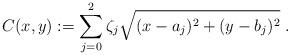
LaTeX: \begin{align*} C(x,y) := \sum_{j=0}^2 \zeta_j \sqrt{(x - a_j)^2 + (y - b_j)^2} \;. \end{align*}